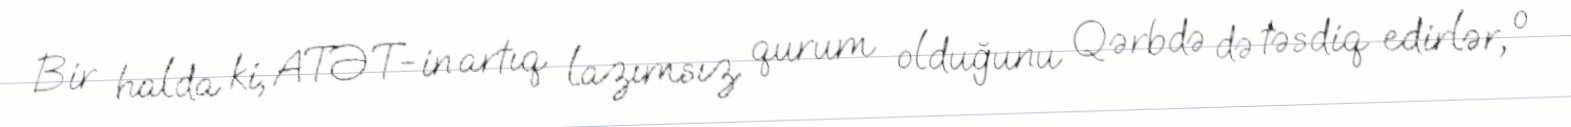
Bir halda ki, ATƏT-in artıq lazımsız qurum olduğunu Qərbdə də təsdiq edirlər, o